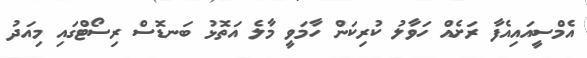
އެމްސީއައިއެފާ ރަށެއް ހަވާލު ކުރިކަން ހާމަވީ މާލެ އަތޮޅު ބަނޑޮސް ރިސޯޓްގައި މިއަދު